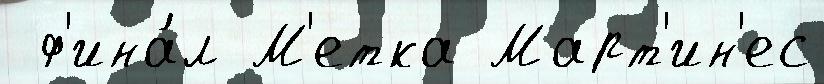
 ф'ина́л М'етка Март'ин'ес